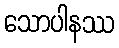
သောပါနဿ